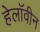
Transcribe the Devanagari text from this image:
हेलाॅवीन